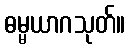
ဓမ္မယာဂသုတ်။